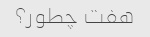
هفت چطور؟